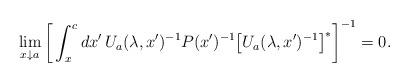
LaTeX: \begin{align*}\lim_{x \downarrow a} \bigg[\int_x^c dx' \, U_a(\lambda,x')^{-1} P(x')^{-1} \big[U_a(\lambda,x')^{-1}\big]^*\bigg]^{-1} = 0.\end{align*}